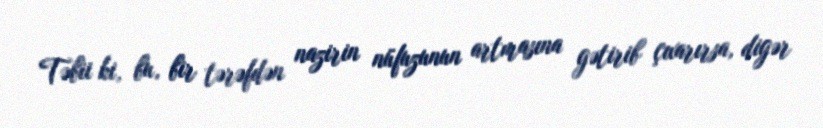
Təbii ki, bu, bir tərəfdən nazirin nüfuzunun artmasına gətirib çıxarırsa, digər